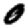
Digit: 0